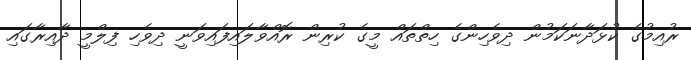
ރުއިމުގެ ކުޅަދާނަކަމުން ދިވެހިންގެ ހިތްތައް މީގެ ކުރިން ރޮއްވާލައިފައިވަނީ ދިވެހި ފިލްމީ ދާއިރާގައި